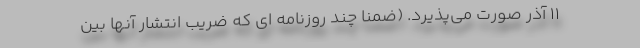
۱۱ آذر صورت می‌پذیرد. (ضمنا چند روزنامه ای که ضریب انتشار آنها بین